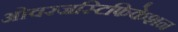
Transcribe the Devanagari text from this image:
ओवरजस्टिफिकेशन